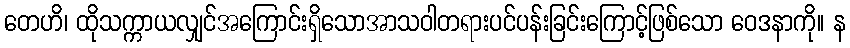
တေဟိ၊ ထိုသက္ကာယလျှင်အကြောင်းရှိသောအာသဝါတရားပင်ပန်းခြင်းကြောင့်ဖြစ်သော ဝေဒနာကို။ န